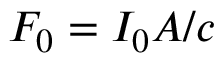
F _ { 0 } = I _ { 0 } A / c